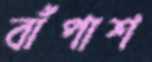
বাঁপাশ